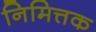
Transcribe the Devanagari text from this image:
निमित्तक